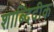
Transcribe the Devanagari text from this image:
शाब्दिदीक